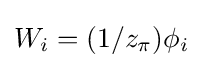
W_{i}=(1/z_{\pi })\phi _{i}